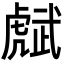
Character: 𧇭